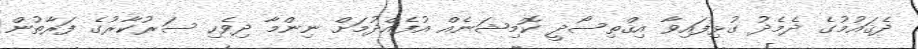
ދެޤައުމުގެ ދެމެދު ގުޅިފައިވާ އިޤްތިސޯދީ ކޮމިޝަނެއް އުފެއްދުމަށް ނިންމާ ދިވެހި ސަރުކާރުގެ ފަރާތުން